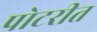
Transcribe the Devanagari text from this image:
पोटरीत